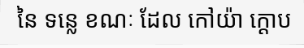
នៃ ទន្លេ ខណៈ ដែល កៅយ៉ា ក្តោប